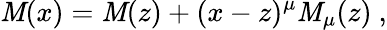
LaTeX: \mathit{M}(x)=\mathit{M}(z)+(x-z)^{\mu}\mathit{M}_{\mu}(z)\ ,